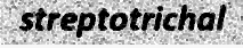
streptotrichal